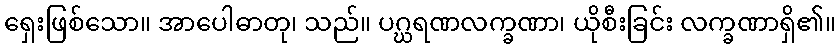
ရှေးဖြစ်သော။ အာပေါဓာတု၊ သည်။ ပဂ္ဃရဏလက္ခဏာ၊ ယိုစီးခြင်း လက္ခဏာရှိ၏။